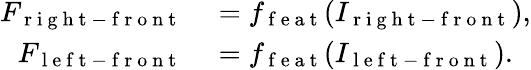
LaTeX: \begin{array}{rl}{F_{\mathrm{~r~i~g~h~t~-~f~r~o~n~t~}}}&{{}=f_{\mathrm{~f~e~a~t~}}(I_{\mathrm{~r~i~g~h~t~-~f~r~o~n~t~}}),}\\ {F_{\mathrm{~l~e~f~t~-~f~r~o~n~t~}}}&{{}=f_{\mathrm{~f~e~a~t~}}(I_{\mathrm{~l~e~f~t~-~f~r~o~n~t~}}).}\end{array}